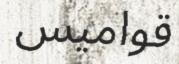
قواميس